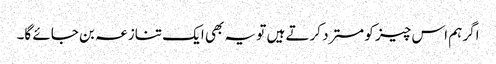
اگر ہم اس چیز کو مسترد کرتے ہیں تو یہ بھی ایک تنازعہ بن جائے گا۔